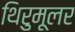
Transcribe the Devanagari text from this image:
थिरुमूलर